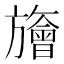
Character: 旝